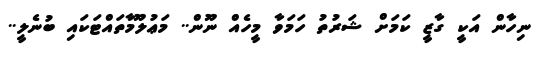
ނިހާން އަކީ ގާޒީ ކަމަށް ޝަރުތު ހަމަވާ މީހެއް ނޫން.. މަޢުލޫމާތައްޓަކައި ބުނެލީ..